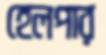
হেলপার